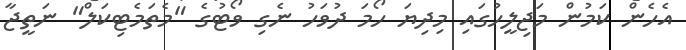
އެހެން ކަމުން މަޖިލީހުގައި މިދިޔަ ހޯމަ ދުވަހު ނެގި ވޯޓުގެ "މެތަމެޓިކަލް" ނަތީޖާ